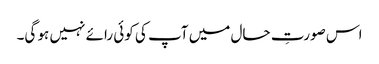
اس صورتِ حال میں آپ کی کوئی رائے نہیں ہو گی۔